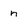
Character: n